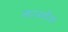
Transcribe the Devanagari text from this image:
काव्येच